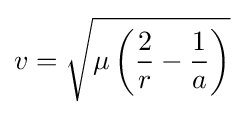
v={\sqrt {\mu \left({2 \over r}-{1 \over a}\right)}}